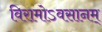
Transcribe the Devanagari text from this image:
विरामोऽवसानम्